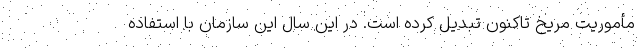
مأموریت مریخ تاکنون تبدیل کرده است. در این سال این سازمان با استفاده